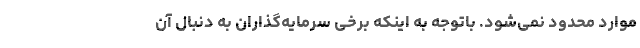
موارد محدود نمی‌شود. باتوجه به اینکه برخی سرمایه‌گذاران به دنبال آن